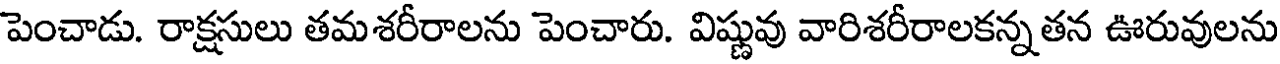
పెంచాడు. రాక్షసులు తమశరీరాలను పెంచారు. విష్ణువు వారిశరీరాలకన్నతన ఊరువులను